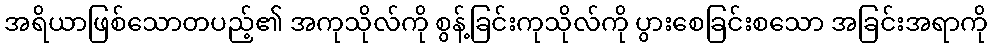
အရိယာဖြစ်သောတပည့်၏ အကုသိုလ်ကို စွန့်ခြင်းကုသိုလ်ကို ပွားစေခြင်းစသော အခြင်းအရာကို